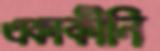
একাকীনি